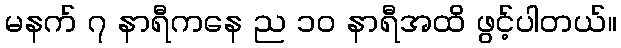
မနက် ၇ နာရီကနေ ည ၁၀ နာရီအထိ ဖွင့်ပါတယ်။